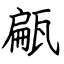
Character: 甂